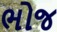
ભોજ